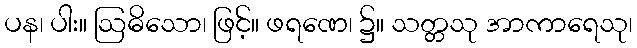
ပန၊ ပါး။ ဩဓိသော၊ ဖြင့်။ ဖရဏေ၊ ၌။ သတ္တသု အာကာရေသု၊